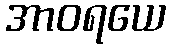
အာဝရယေ